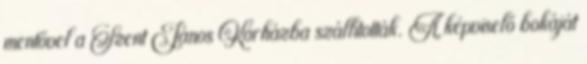
mentővel a Szent János Kórházba szállították. A képviselő bokáját